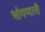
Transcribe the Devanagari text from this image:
भोगणारी